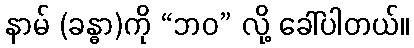
နာမ် (ခန္ဓာ)ကို “ဘဝ” လို့ ခေါ်ပါတယ်။